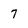
Character: 7